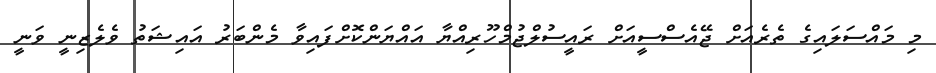
މި މައްސަލައިގެ ތެރެއަށް ޖޭއެސްސީއަށް ރައީސުލްޖުމްހޫރިއްޔާ އައްޔަންކޮށްފައިވާ މެންބަރު އައިޝަތު ވެލެޒިނީ ވަނީ